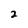
Character: 2